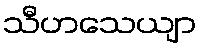
သီဟသေယျာ